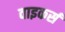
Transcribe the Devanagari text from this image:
वाइकर्स